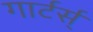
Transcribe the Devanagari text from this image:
गार्टर्स्